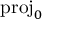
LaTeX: \mathrm { p r o j } _ { 0 }